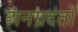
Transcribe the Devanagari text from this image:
अनग्रदंतों